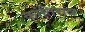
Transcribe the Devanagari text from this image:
कांतिराव